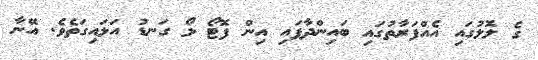
ގެ ލޮލުގައި އެއްފަރާތުގައި ބައިންދާފައި އިން ފޮޓޯ ލޯ ގަނޑު އަޅައިގަތެވެ. އޭނާ